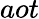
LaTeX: aot